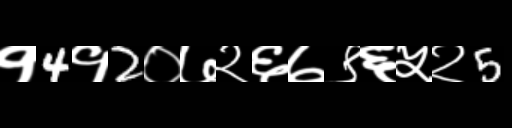
Text: १4१2०७२६७९६५२5